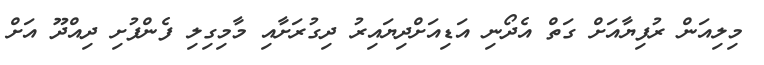
މިލިއަން ރުފިޔާއަށް ގަތް އެދޯނި އަޑިއަށްދިޔައިރު ދިގުރަށާއި މާމިގިލި ފެންފުށި ދިއްދޫ އަށް